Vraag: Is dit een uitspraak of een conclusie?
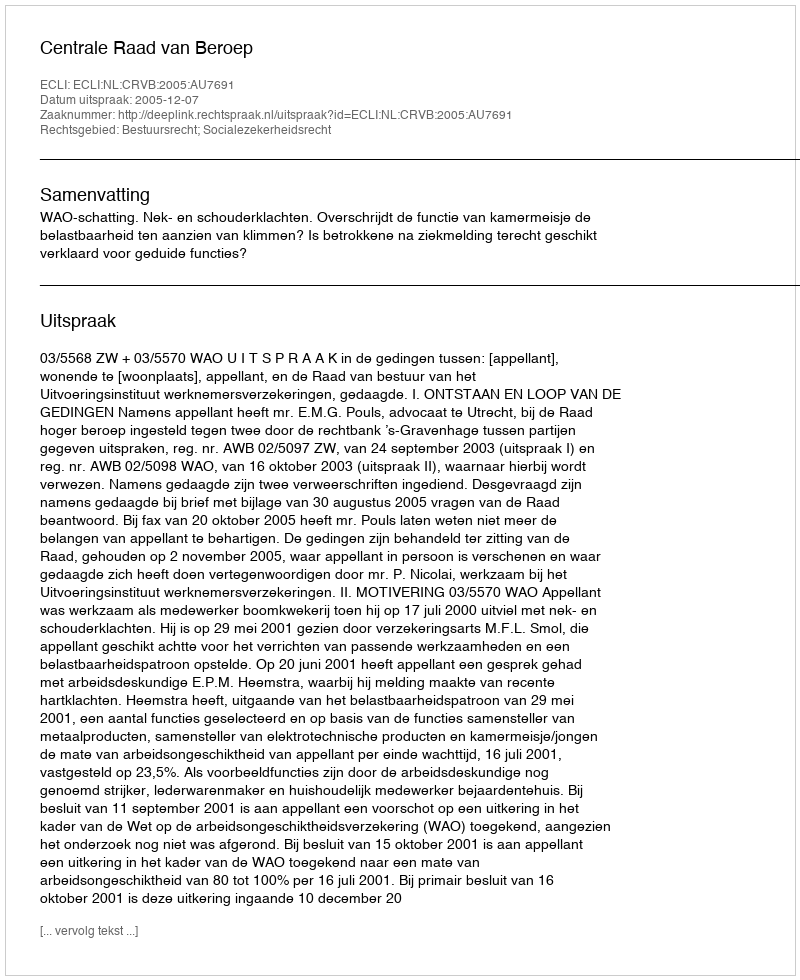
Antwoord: Uitspraak